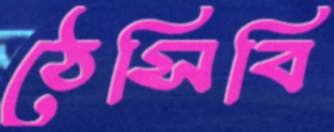
ঠেসিবি